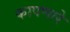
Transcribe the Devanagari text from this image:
कापणारे